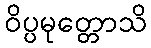
ဝိပ္ပမုတ္တောသိ